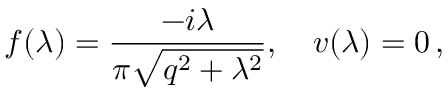
f ( \lambda ) = \frac { - i \lambda } { \pi \sqrt { q ^ { 2 } + \lambda ^ { 2 } } } , \quad v ( \lambda ) = 0 \, ,